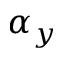
\alpha _ { y }